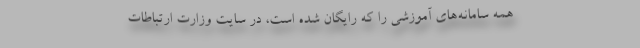
همه سامانه‌های آموزشی را که رایگان شده است، در سایت وزارت ارتباطات